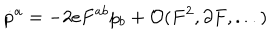
\dot { p } ^ { a } = - 2 e F ^ { a b } p _ { b } + { \cal O } ( F ^ { 2 } , \partial F , . . . )